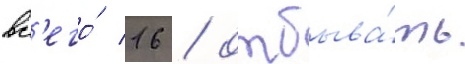
вс'его́ 16 / отбыва́ть